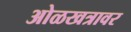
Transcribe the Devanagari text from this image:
ओळखत्रावर